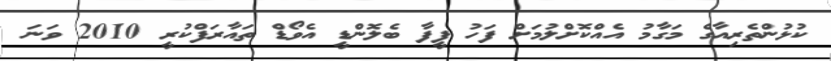
ކުޅުންތެރިއާގެ މަގާމު އެއްކޮށްލުމަށް ފަހު ފީފާ ބެލޮންޑީ އެވޯޑް ތައާރަފްކުރީ 2010 ވަނަ